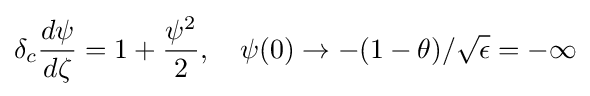
\delta _{c}{\frac {d\psi }{d\zeta }}=1+{\frac {\psi ^{2}}{2}},\quad \psi (0)\rightarrow -(1-\theta )/{\sqrt {\epsilon }}=-\infty